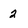
Character: 2